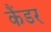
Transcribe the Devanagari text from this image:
कैंडर